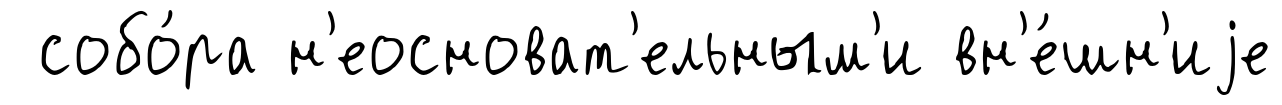
собо́ра н'еосноват'ельным'и вн'е́шн'иjе